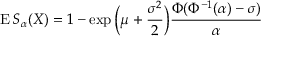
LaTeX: \operatorname { E } S _ { \alpha } ( X ) = 1 - \exp { \Bigl ( } \mu + { \frac { \sigma ^ { 2 } } { 2 } } { \Bigr ) } { \frac { \Phi ( \Phi ^ { - 1 } ( \alpha ) - \sigma ) } { \alpha } }